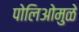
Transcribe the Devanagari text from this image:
पोलिओमुळे